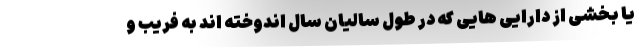
یا بخشی از دارایی هایی که در طول سالیان سال اندوخته اند به فریب و